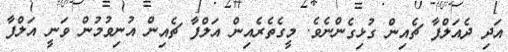
އަދި ދެއަލްފާ ޗެއިން ގުޅިގެންނެވެ. މީގެތެރެއިން އަލްފާ ޗެއިން އުނިވުމުން ވަނީ އަލްފާ